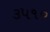
૩૫૧૦